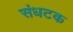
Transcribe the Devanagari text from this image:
संधटक